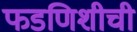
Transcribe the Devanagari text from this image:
फडणिशीची